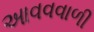
આવવવાળી